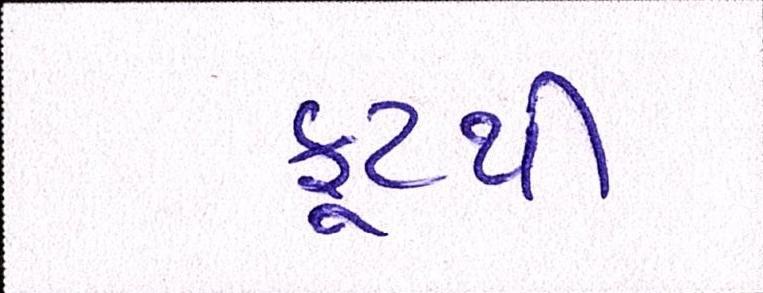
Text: ફૂટથી